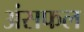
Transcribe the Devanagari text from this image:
अंसफल